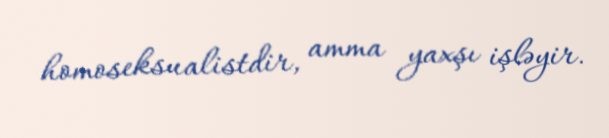
homoseksualistdir, amma yaxşı işləyir.